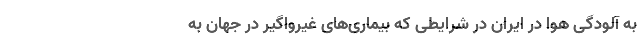
به آلودگی هوا در ایران در شرایطی که بیماری‌های غیرواگیر در جهان به